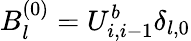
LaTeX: B_{l}^{(0)}=U_{i,i-1}^{b}\delta_{l,0}